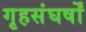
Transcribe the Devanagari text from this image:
गृहसंघर्षों